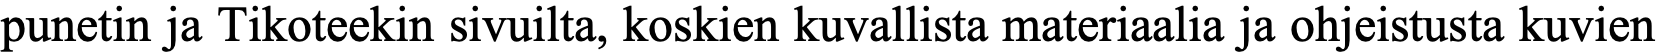
punetin ja Tikoteekin sivuilta, koskien kuvallista materiaalia ja ohjeistusta kuvien